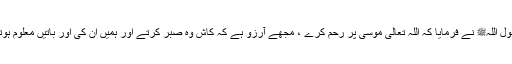
رسول اللہﷺ نے فرمایا کہ اللہ تعالیٰ موسیٰؑ پر رحم کرے ، مجھے آرزو ہے کہ کاش وہ صبر کرتے اور ہمیں ان کی اور باتیں معلوم ہوتیں۔